Report of the King Institute of Preventive Medicine, Guindy
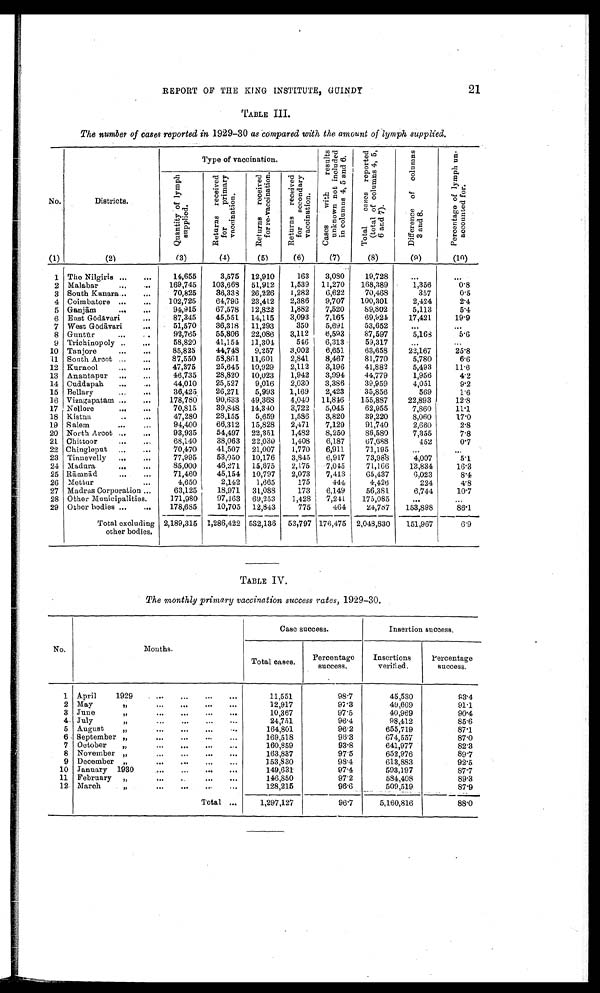
REPORT OF THE KING INSTITUTE, GUINDY
21
TABLE III.
The number of cases reported in 1929-30 as compared with the amount of lymph supplied.
No.
Districts.
Type of vaccination.
C a s e s w i t h r e s u l t s u n k n o w n n o t i n c l u d e d i n c o l u m n s 4 , 5 a n d 6 .
T o t a l c a s e s r e p o r t e d ( t o t a l o f c o l u m n s 4 , 5 , 6 a n d 7 ) .
D i f f e r e n c e o f c o l u m n s 3 a n d 8 .
P e r c e n t a g e o f l y m p h u n - a c c o u n t e d f o r .
Q u a n t i t y o f l y m p h s u p p l i e d .
R e t u r n s r e c e i v e d f o r p r i m a r y v a c c i n a t i o n .
R e t r n s r e c e i v e d f o r r e - v a c c i n a t i o n .
R e t u r n s r e c e i v e d f o r s e c o n d a r y v a c c i n a t io
n .
(1)
(2)
(3)
(4)
(5)
(6)
(7)
(8)
(9)
(10)
1 The Nilgiris ...
...
14,655
3,575 12,910
163
3,080
19,728
. . .
. . .
2 Malabar
...
. . .
169,745
103,668 51,912
1,539 11,270
168,389
1,356
0.8
3 South Kanara...
...
70,825
36,338 26,226
1,282
6,622
70,468
357
0.5
4 Coimbatore ...
...
102,725
64,796 23,41.2
2,386
9,707
100,301
2,424
2.4
5 Ganjām
...
. . .
94,915
67,578 12,822
1,882
7,520
89,802
5,113
5.4
6 East Gō dāvari
. . .
87,345
45,551 14,11.5
3,093
7,165
69,924
17,421
19.9
7 West Gō dāvari
. . .
51,570
36,318
11,293
350
5,691
53,652
...
...
8 Guntū r
. . . ...
92,765
55,806 22,086
3,112
6,593
87,597
5,168
5.6
9 Trichinopoly ..
...
58,829
41,154 11,304
546
6,313
59,317
...
...
10 Tanjore
...
. . .
85,825
44,748
9,257
3,002
6,651
63,658
22,167
25.8
11 South Arcot ...
...
87,550
58,861 11,601.
2,841
8,467
81,770
5,780
6.6
12 Kurnool
...
. . .
47,375
25,645 10,929
2,112
3,196
41,882
5,493
11.6
13 Anantapur ...
...
46,735
28,820 10,023
1,942
3,994
44,779
1,956
4.2
14 Cuddapah
...
...
44,010
25,527
9,016
2,030
3,386
39,959
4,051
9.2
15 Bellary
...
36,425
26,271
5,993
1,169
2,423
35,856
569
1.6
16 Vizagapatam ...
...
178,780
90,633 49,368
4,040 11,846
155,887
22,893
12.8
17 Nellore
...
. . .
70,815
39,848 14,340
3,722
5,045
62,955
7,860
11.1
18 Kistna
. . .
. . .
47,280
28,155
5,659
1,586
3,820
39,220
8,060
17.0
19 Salem
...
...
94,400
66,312 15,828
2,471
7,129
91,740
2,660
2.8
20 North Arcot ...
. . .
93,935
54,497 22,351
1,482
8,250
86,580
7,355
7.8
21 Chittoor
. . . ...
68,140
38,063 22,030
1,408
6,187
67,688
452
0.7
22 Chingleput ,„
...
70,470
41,507 21,007
1,770
6,911
71,195
...
...
23 Tinnevelly ...
...
77,995
53,050 10,176
3,845
6,91.7
73,988
4,007
5.1
24 Madura
. . . ...
85,000
46,271
15,675
2,175
7,045
71,166
13,834
16.3
25 Rāmnād
. . . ...
71,460
45,154 10,797
2,073
7,413
65,437
6,023
8.4
26 Mettur
...
4,650
2,142
1,665
175
444
4,426
224
4.8
27 Madras Corporation ...
63,125
18,971 31,088
173
6,149
56,381
6,744
10.7
28 Other Municipalities.
171,980
97,163 69,253
1,428
7,241
175,085
. . .
. . .
29 Other bodies ...
...
178,685
10,705 12,843
775
464
24,787
153,898
86.1
Total excluding 2,189,315 1,286,422 532,136 53,797 176,475 2,048,830
151,967
6.9
other bodies.
TABLE IV.
The monthly primary vaccination success rates, 1929—30.
No.
Months.
Case success.
Insertion success.
Total cases,
Percentage
success.
Insertions
verified.
Percentage
success.
1 April
1929
...
...
...
...
11,551
98.7
45,530
.4
2 May
,,
. . . ...
...
...
12,917
97.3
49,669
91.1
3 June
. . . . . . . . . . . . ....
10,367
97.5
40,969
90.4
4 July...
...
...
...
24,751
96.4
98,412
85.6
5 August
. . . . . . . . . ... ...
164,801
96.2
655,719
87.1
6 September ... ... ... ... ...
169,518
96.3
674,557
87.0
7 October
. . . . . . . . . ...
160,859
93.8
641,977
82.3
8 November . . . . . . ... ... ...
163,837
97.5
652,976
89.7
9 December . . . . . . ... ... ...
1 53,830
98.4
613,883
92.5
10 January 1930
...
. . . ...
...
149,631
97.4
593,197
87.7
11 February . . . . . . . . . ... ...
146,850
97.2
584,408
89.3
12 March
...
...
. . . ....
...
128,215
96.6
509,519
87.9
Total ...
1,297,127
96.7
5,160,816
88.0